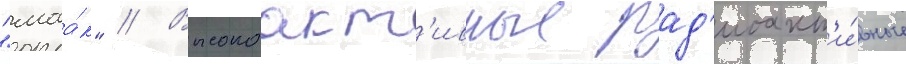
"маа́к" // Высокоакт'ивные рад'иоакт'и́вные